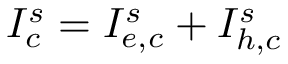
I _ { c } ^ { s } = I _ { e , c } ^ { s } + I _ { h , c } ^ { s }